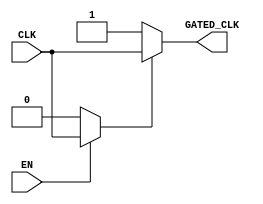
module clock_gating (
    input wire CLK,    // Clock signal input
    input wire EN,     // Enable signal for clock gating
    output wire GATED_CLK // Gated clock output
);

// Internal wire for the gated clock signal
wire gated_clk_n;

// NMOS transistor based gating logic (using EN)
// When EN is high, pass CLK to GATED_CLK
// When EN is low, pull GATED_CLK to ground
assign gated_clk_n = (EN) ? CLK : 1'b0;

// PMOS transistor based gating logic (inverted signal for pull-up)
// It's common to implement both NMOS and PMOS for CMOS
assign GATED_CLK = (gated_clk_n == 1'b0) ? 1'b1 : CLK;

endmodule